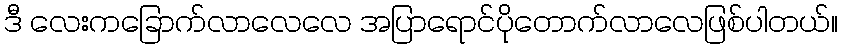
ဒီ လေးကခြောက်လာလေလေ အပြာရောင်ပိုတောက်လာလေဖြစ်ပါတယ်။